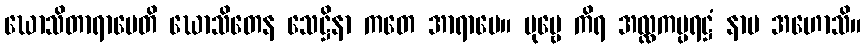
ဃောသိတာရာမေတိ ဃောသိတေန သေဋ္ဌိနာ ကတေ အာရာမေ။ ပုဗ္ဗေ ကိရ အလ္လကပ္ပရဋ္ဌံ နာမ အဟောသိ။